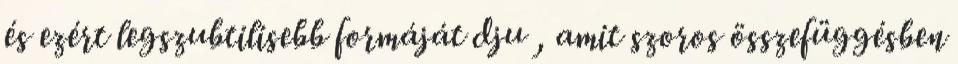
és ezért legszubtilisebb formáját dju , amit szoros összefüggésben